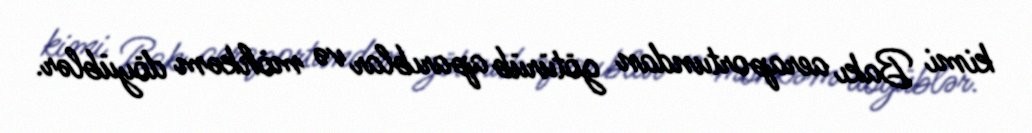
kimi Bakı aeraportundan götürüb aparıblar və möhkəm döyüblər.